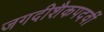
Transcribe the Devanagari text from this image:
जगदीशैकपदवीं